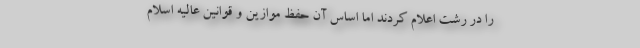
را در رشت اعلام کردند اما اساس آن حفظ موازین و قوانین عالیه اسلام